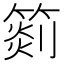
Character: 𥰨